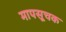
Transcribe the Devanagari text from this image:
मापसूचक